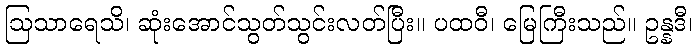
ဩသာရေသိ၊ ဆုံးအောင်သွတ်သွင်းလတ်ပြီး။ ပထဝီ၊ မြေကြီးသည်။ ဥန္နဒီ၊